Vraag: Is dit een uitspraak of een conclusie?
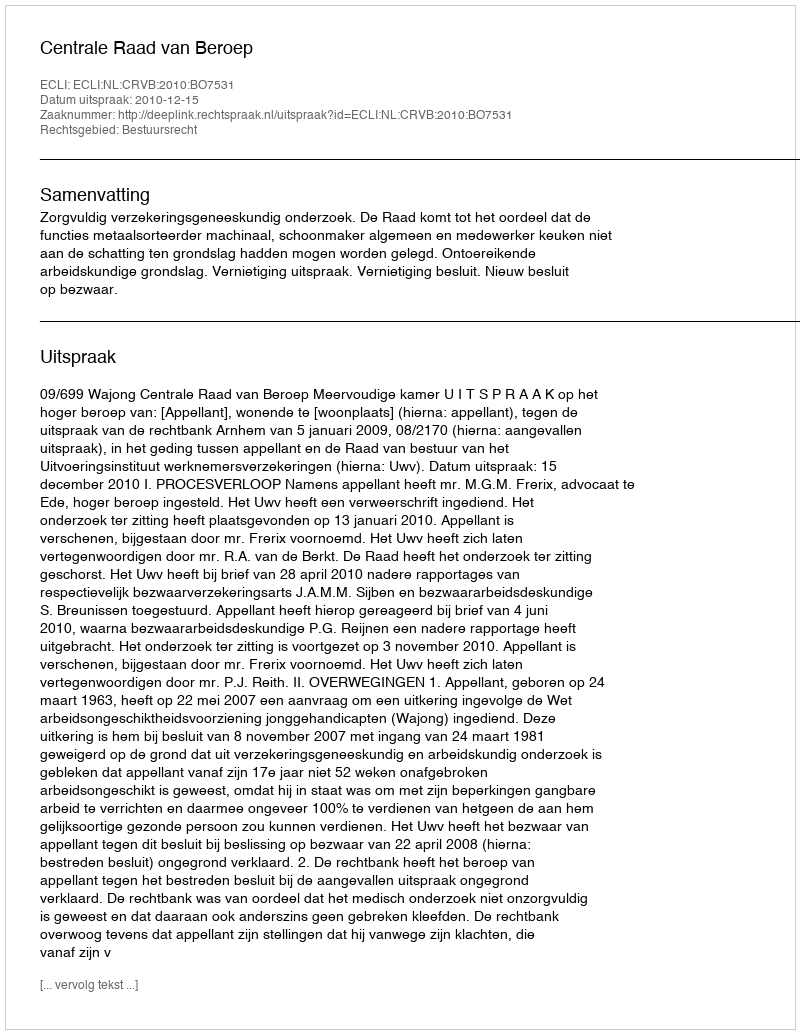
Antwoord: Uitspraak